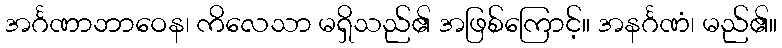
အင်္ဂဏာဘာဝေန၊ ကိလေသာ မရှိသည်၏ အဖြစ်ကြောင့်။ အနင်္ဂဏံ၊ မည်၏။